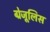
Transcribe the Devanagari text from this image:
ग्रेजूलिस